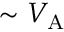
\sim { V _ { \mathrm { A } } }